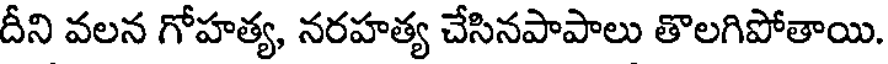
దీని వలన గోహత్య, నరహత్య చేసినపాపాలు తొలగిపోతాయి.